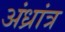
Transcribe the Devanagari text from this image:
अंध्रांत्र